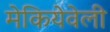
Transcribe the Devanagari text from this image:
मेकियेवेली